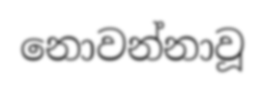
නොවන්නාවූ